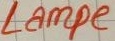
Text: Lampe